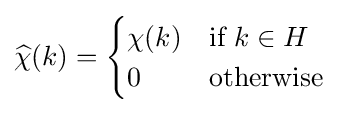
{\widehat {\chi }}(k)={\begin{cases}\chi (k)&{\text{if }}k\in H\\0&{\text{otherwise}}\end{cases}}